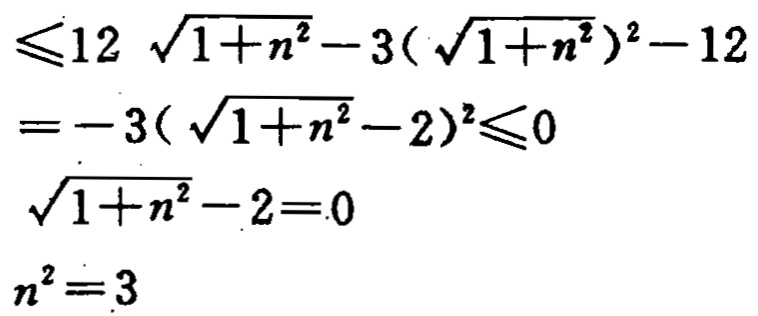
\begin{align*}

&\leqslant 12\sqrt{1 + n^{2}}-3(\sqrt{1 + n^{2}})^{2}-12\\

&=-3(\sqrt{1 + n^{2}} - 2)^{2}\leqslant0\\

&\sqrt{1 + n^{2}}-2 = 0\\

&n^{2}=3

\end{align*}